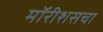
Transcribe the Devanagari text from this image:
मॉरीशसचा